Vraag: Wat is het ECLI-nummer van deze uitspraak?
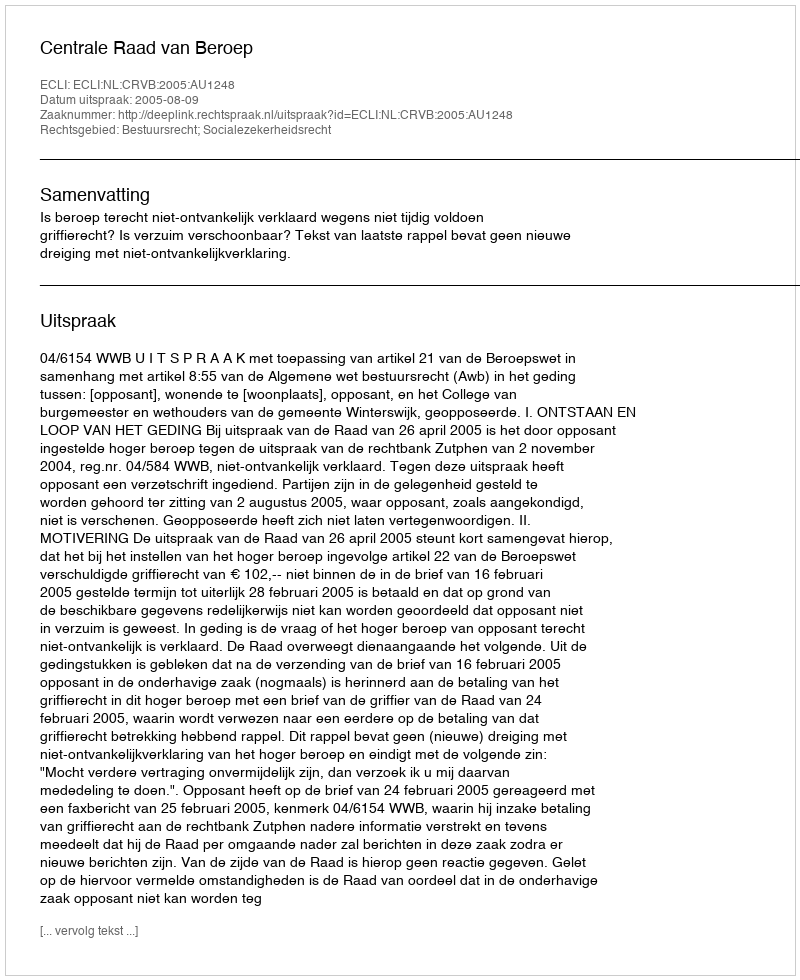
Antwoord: ECLI:NL:CRVB:2005:AU1248